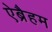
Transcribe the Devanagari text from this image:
ऐब्रैहम